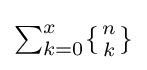
\textstyle \sum _{k=0}^{x}\{{n \atop k}\}